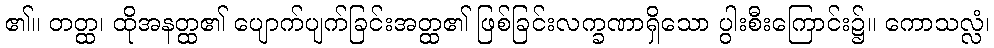
၏။ တတ္ထ၊ ထိုအနတ္ထ၏ ပျောက်ပျက်ခြင်းအတ္ထ၏ ဖြစ်ခြင်းလက္ခဏာရှိသော ပွါးစီးကြောင်း၌။ ကောသလ္လံ၊